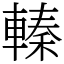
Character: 轃